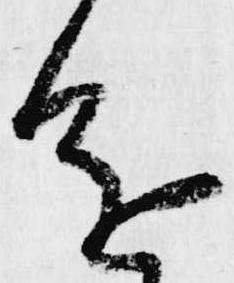
進